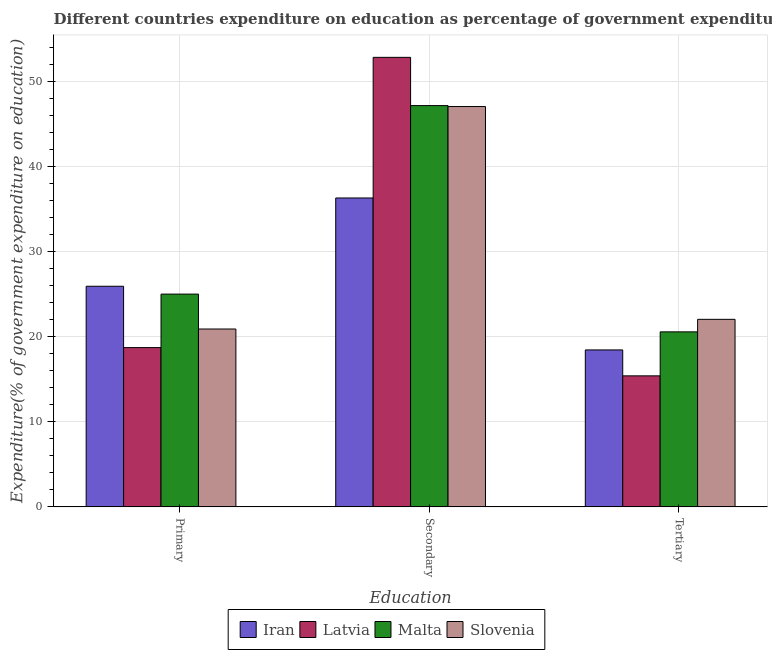
| Education | Iran | Latvia | Malta | Slovenia |
 | --- | --- | --- | --- | --- |
 | Primary | 25.9 | 18.7 | 25 | 20.9 |
 | Secondary | 36.3 | 52.9 | 47.2 | 47.1 |
 | Tertiary | 18.5 | 15.4 | 20.6 | 22.1 |